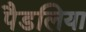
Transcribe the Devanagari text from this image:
पैडलिया